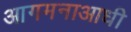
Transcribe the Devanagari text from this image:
आगमनाआधी